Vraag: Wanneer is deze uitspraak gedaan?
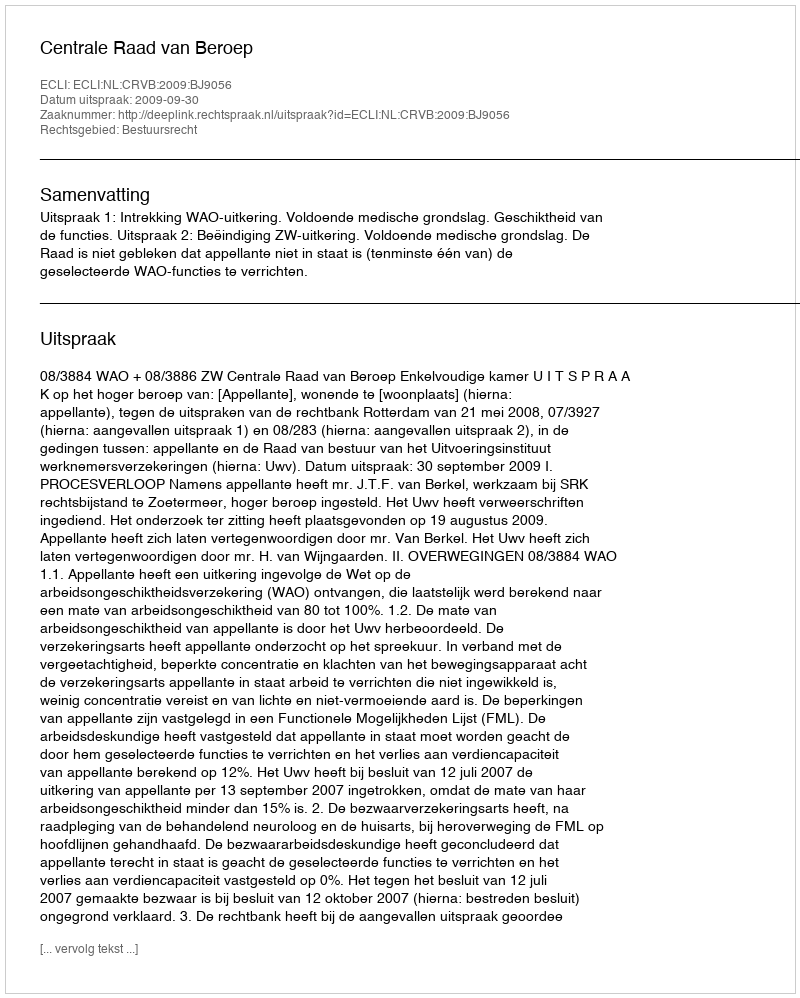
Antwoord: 2009-09-30